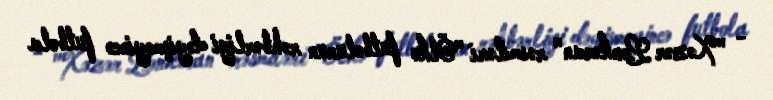
- "Xəzər Lənkəran" rəsmiləri "Ölkə futbolunun rəhbərliyi dəyişməyincə futbola